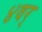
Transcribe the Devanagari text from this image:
४वर्